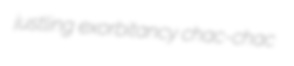
justling exorbitancy chac-chac